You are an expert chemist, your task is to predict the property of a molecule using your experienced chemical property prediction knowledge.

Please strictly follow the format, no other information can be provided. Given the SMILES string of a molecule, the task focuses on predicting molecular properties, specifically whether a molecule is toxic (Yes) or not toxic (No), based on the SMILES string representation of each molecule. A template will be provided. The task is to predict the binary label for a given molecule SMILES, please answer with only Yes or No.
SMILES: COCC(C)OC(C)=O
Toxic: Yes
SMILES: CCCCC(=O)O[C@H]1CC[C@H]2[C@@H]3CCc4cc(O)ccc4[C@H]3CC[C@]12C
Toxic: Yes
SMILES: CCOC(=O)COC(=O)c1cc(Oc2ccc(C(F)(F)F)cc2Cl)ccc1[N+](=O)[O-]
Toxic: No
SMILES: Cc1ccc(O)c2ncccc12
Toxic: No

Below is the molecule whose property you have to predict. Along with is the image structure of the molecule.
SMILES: CCS(=O)(=O)C(C)(C)S(=O)(=O)CC
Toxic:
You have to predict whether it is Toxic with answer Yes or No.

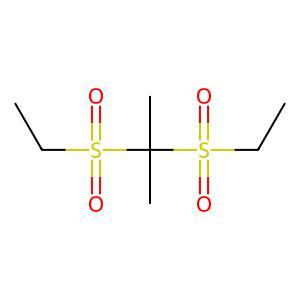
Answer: No